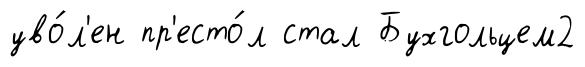
уво́л'ен пр'есто́л стал Бухгольцем2